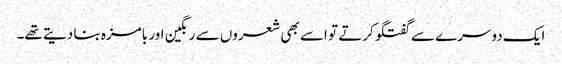
ایک دوسرے سے گفتگو کرتے تو اسے بھی شعروں سے رنگین اور بامزہ بنا دیتے تھے۔